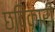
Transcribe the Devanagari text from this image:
छविकारी